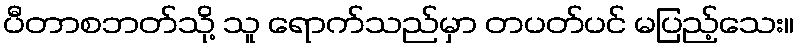
ပီတာစဘတ်သို့ သူ ရောက်သည်မှာ တပတ်ပင် မပြည့်သေး။